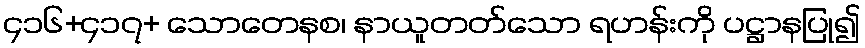
၄၁၆+၄၁၇+ သောတေနစ၊ နာယူတတ်သော ရဟန်းကို ပဋ္ဌာနပြု၍